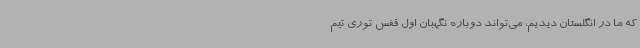
که ما در انگلستان دیدیم، می‌تواند دوباره نگهبان اول قفس توری تیم‌